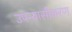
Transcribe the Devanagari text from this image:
उपन्‍यासीकरण